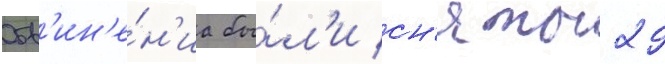
Обв'ин'е́н'иа бы́л'и сн'яты 29